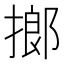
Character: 𢲲